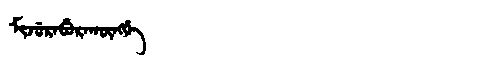
Manchu: ᠮᡳᠵᡠᡵᠠᠪᡠᡵᠠᡴᡡᠩᡤᡝ
Romanization: MIJURABURAKŪNGGE